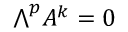
{ \textstyle \bigwedge } ^ { p } A ^ { k } = 0